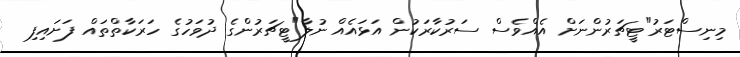
މިނިސްޓަރު"ޓީޗަރުންނަށް އެއްވެސް ސަރުކާރަކުން އަޅައެއް ނުލާ"ޓީޗަރުންގެ ދުވަހުގެ ހަރަކާތްތައް ފަށައިފި